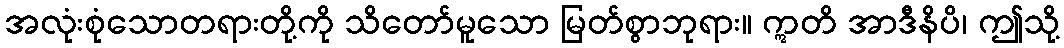
အလုံးစုံသောတရားတို့ကို သိတော်မူသော မြတ်စွာဘုရား။ ဣတိ အာဒီနိပိ၊ ဤသို့